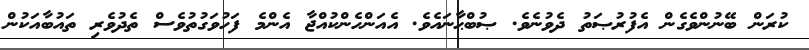
ކުރަން ބޭނުންވެގެން އެފުރުޞަތު ދެވުނެވެ. ޞުބްޙާނައެވެ. އެއަންހެންކުއްޖާ އެންމެ ފަހުވަގުތުވެސް ތެދުވެރި ތައުބާއަކުން